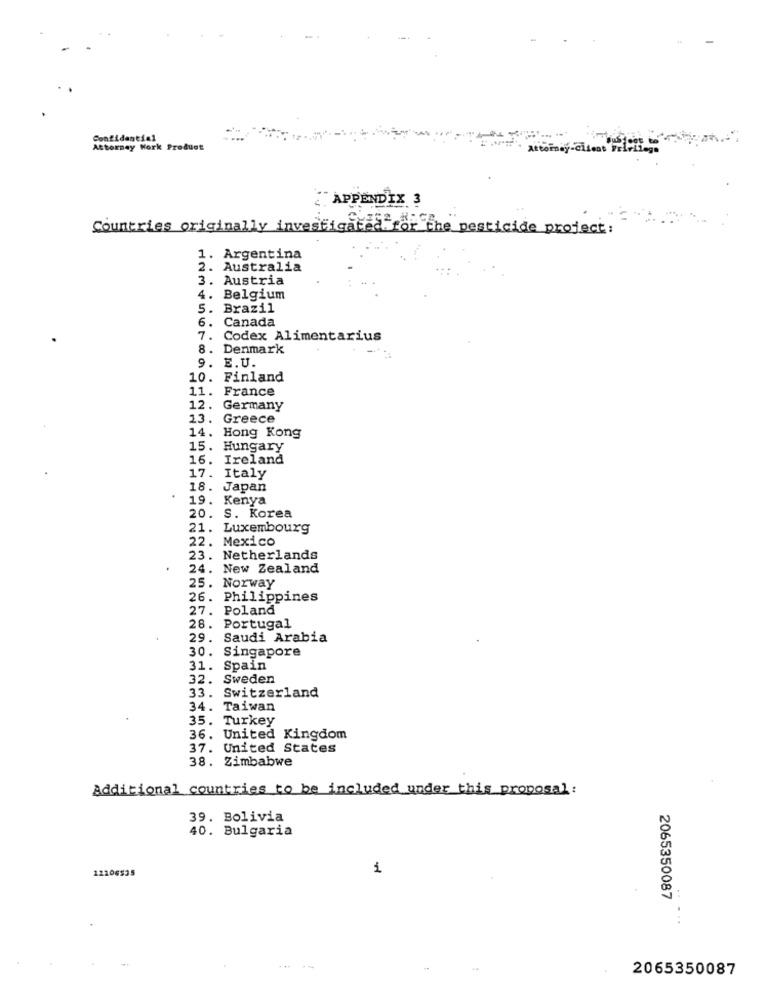
Confidential
Attorney Work Product
APPENDIX 3
Countries originally investigated for the pesticide project:
1. Argentina
2. Australia
3. Austria
4. Belgium
5.
Brazil
6.
Canada
7.
Codex Alimentarius
8. Denmark
9.
E. U.
10. Finland
11.
France
12.
Germany
13.
Greece
14.
Hong Kong
15.
Hungary
16.
Ireland
17.
Italy
18. Japan
19.
Kenya
20.
S. Korea
21. Luxembourg
22. Mexico
23. Netherlands
24.
New Zealand
25. Norway
26.
Philippines
27.
Poland
28. Portugal
29.
Saudi Arabia
30.
Singapore
31.
Spain
32.
Sweden
33.
Switzerland
34.
Taiwan
35. Turkey
36. United Kingdom
37. United States
38. Zimbabwe
Additional countries to be included under this proposal:
39. Bolivia
40. Bulgaria
12206535
1
2065350087
2065350087